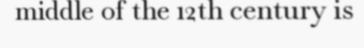
middle of the 12th century is